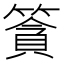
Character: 𥱷